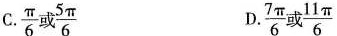
C.\frac{π}{6}或\frac{5π}{6} D.\frac{7π}{6}或\frac{11π}{6}